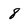
Character: 8